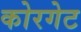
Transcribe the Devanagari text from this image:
कोरगेट